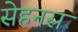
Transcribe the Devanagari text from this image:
सेहनस्र